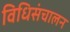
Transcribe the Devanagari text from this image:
विधिसंचालन